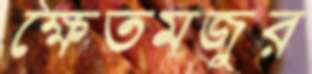
ক্ষেতমজুর